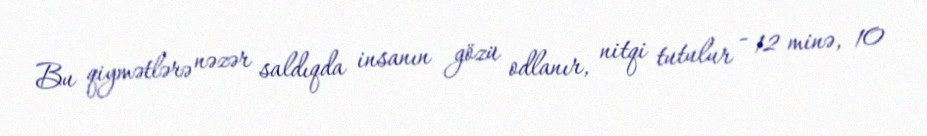
Bu qiymətlərə nəzər saldıqda insanın gözü odlanır, nitqi tutulur - 12 minə, 10